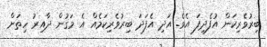
ބިރުވެރިކަން އުފެދިފަ އެވެ. އަދި އެފަދަ ބިރުވެރިކަމެއް އެ މަގުން ދާއިރު ހިތަށް